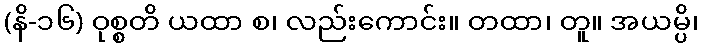
(နိ-၁၆) ဝုစ္စတိ ယထာ စ၊ လည်းကောင်း။ တထာ၊ တူ။ အယမ္ပိ၊